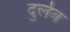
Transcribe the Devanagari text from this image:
दुर्लब